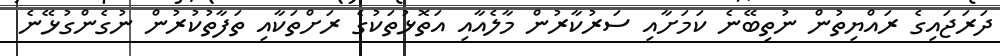
ދަރަޖައިގެ ރައްޔިތުން ނުތިބޭނެ ކަމަށާއި ސަރުކާރުން މާލެއާއި އަތޮޅުތަކުގެ ރަށްތަކާއި ތަފާތުކުރުން ނުގެންގުޅޭނެ